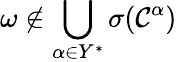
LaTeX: \omega\not\in\bigcup_{\alpha\in Y^{*}}\sigma(\mathcal{C}^{\alpha})